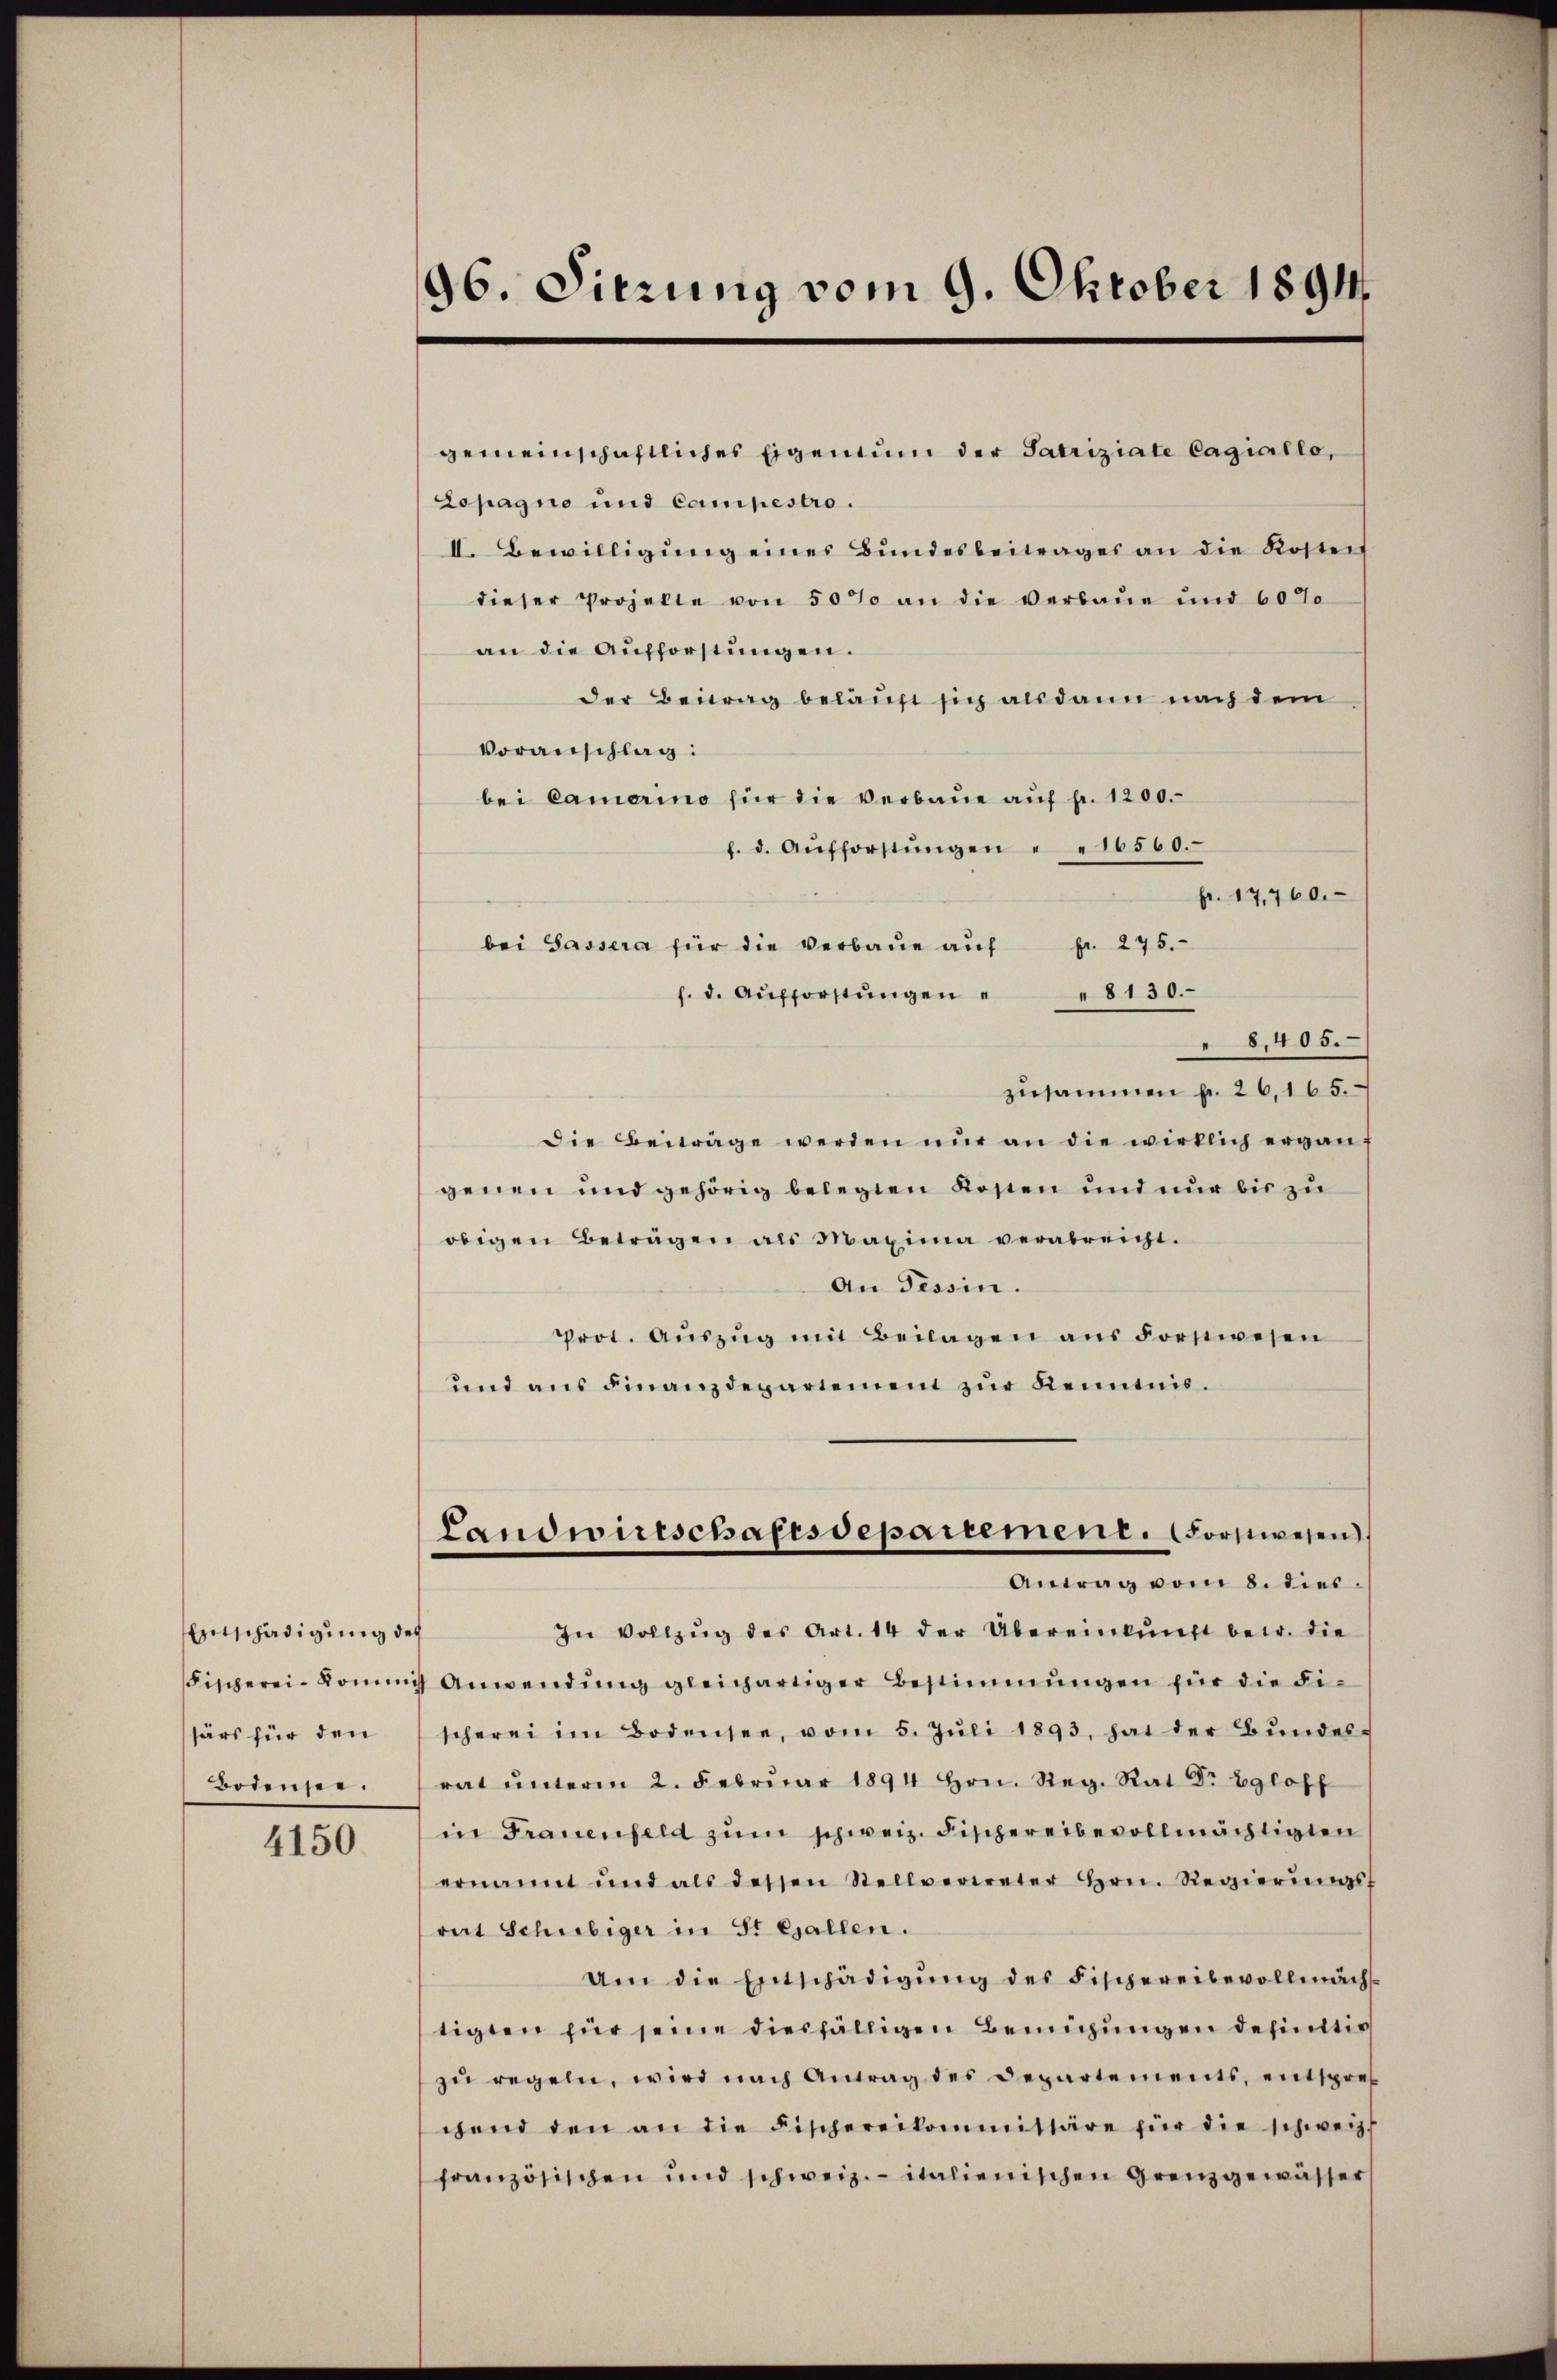
Entschädigung des
ssärs für den
Bodensee.

4150

96. Sitzung vom 9. Oktober 1891

gemeinschaftliches Eigentum der Patriziate Cagiallo,
Lopagno und Campestro.
II. Bewilligung eines Bundesbeitrages an die Kostet
dieser Prozelte von 50% an die verbaue und 60%
an die Aufforstungen.
Der Beitrag belauft sich alsdann nach dem
Voranschlag:
bei Camerino für die verbaue auf fr. 1200.
f. d. Aŭfforstŭngen " " 16560.
pr. 17,760.
bei Sassera für die Verbaŭe aŭf fr. 275.
8130.
f. d. Aufforstungen
8,405.
zusammen f. 26, 165.
Die Beiträge werden nur an die wirklich erganf
genen und gehörig belegten Kosten und nur bis zu
obigen Betragen als Maxima verabreicht.
An Tessin.
Prot. Aŭszŭg mit Beilagen ans Forstwesen
und ans Finanzdepartement zŭr Kenntnis.
Landwirtschaftsdepartement. Forstwesen
Antrag vom 8. dies
In Vollzŭg des Art. 14 der Übereinkŭnft betr. die
Fischerei-Kommis Anwendŭng gleichartiger Bestimmungen für die Fi-
scherei im Bodensee, vom 5. Jŭli 1893, hat der Bŭndes-
rat ŭnterm 2. Febrŭar 1894 hrn. Reg. Rat Dr Egloff
in Frauenfeld zum schweiz. Fischereibevollmächtigten
ernannt und als dessen Stellverweter Hrn. Regierŭngsf
rat Schubiger in St. Gallen.
Um die Entschädigŭng des Fischereibevollmächt
tigten für seine diesfälligen Bemühungen definitiv
zŭ regeln, wird nach Antrag des Departements, entspre
gend den an die Fischereikommittäre für die schweiz.
französischen und schweiz. italienischen Grenzgewässer